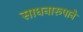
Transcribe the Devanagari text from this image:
साधनारूपाने